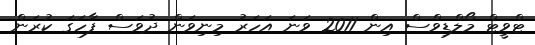
ޓްވީޓް މޯލްޑިވްސް އިން 2011 ވަނަ އަހަރު މިނިވަން ދުވަސް ފާހަގަ ކުރަން